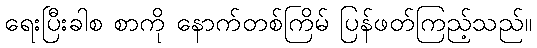
ရေးပြီးခါစ စာကို နောက်တစ်ကြိမ် ပြန်ဖတ်ကြည့်သည်။